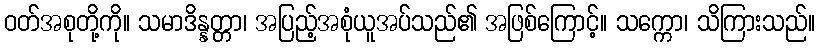
ဝတ်အစုတို့ကို။ သမာဒိန္နတ္တာ၊ အပြည့်အစုံယူအပ်သည်၏ အဖြစ်ကြောင့်။ သက္ကော၊ သိကြားသည်။